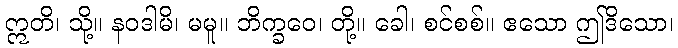
ဣတိ၊ သို့။ နဝဒါမိ၊ မမူ။ ဘိက္ခဝေ၊ တို့။ ခေါ၊ စင်စစ်။ ဧသော ဤဒိသော၊